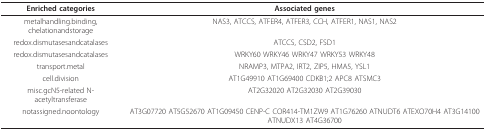
| Enriched categories | Associated genes |
 | --- | --- |
 | metalhandling.binding, chelationandstorage | NAS3, ATCCS, ATFER4, ATFER3, CCH, ATFER1, NAS1, NAS2 |
 | redox.dismutasesandcatalases | ATCCS, CSD2, FSD1 |
 | redox.dismutasesandcatalases | WRKY60 WRKY46 WRKY47 WRKY53 WRKY48 |
 | transport.metal | NRAMP3, MTPA2, IRT2, ZIP5, HMA5, YSL1 |
 | cell.division | AT1G49910 AT1G69400 CDKB1;2 APC8 ATSMC3 |
 | misc.gcN5-related N-acetyltransferase | AT2G32020 AT2G32030 AT2G39030 |
 | notassigned.noontology | AT3G07720 AT5G52670 AT1G09450 CENP-C COR414-TM1ZW9 AT1G76260 ATNUDT6 ATEXO70H4 AT3G14100 ATNUDX13 AT4G36700 |